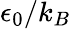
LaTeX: \epsilon_{0}/k_{B}